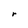
Character: r